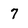
Character: 7